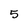
Character: 5